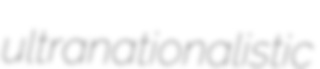
ultranationalistic